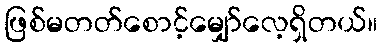
ဖြစ်မတတ်စောင့်မျှော်လေ့ရှိတယ်။